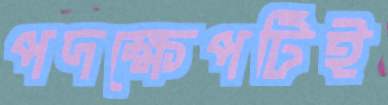
পদক্ষেপটিই